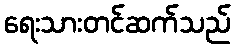
ရေးသားတင်ဆက်သည်